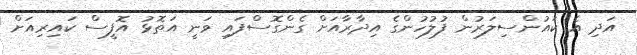
އަދި އެ ކައުންސިލަރުން ފުލުހުންގެ އިދާރާއަށް ގެންގޮސްފައި ވަނީ އަތޮޅު އޮފީސް ކައިރިއަށް